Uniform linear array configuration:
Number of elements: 12
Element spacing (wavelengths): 1
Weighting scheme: binomial
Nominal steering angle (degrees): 15
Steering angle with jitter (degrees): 13.407
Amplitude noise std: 0.05
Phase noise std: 0.05

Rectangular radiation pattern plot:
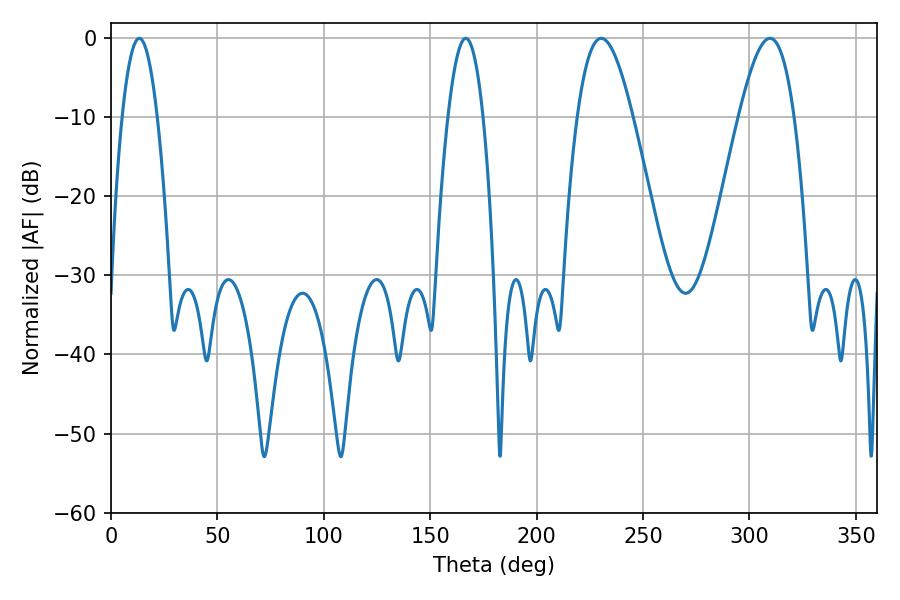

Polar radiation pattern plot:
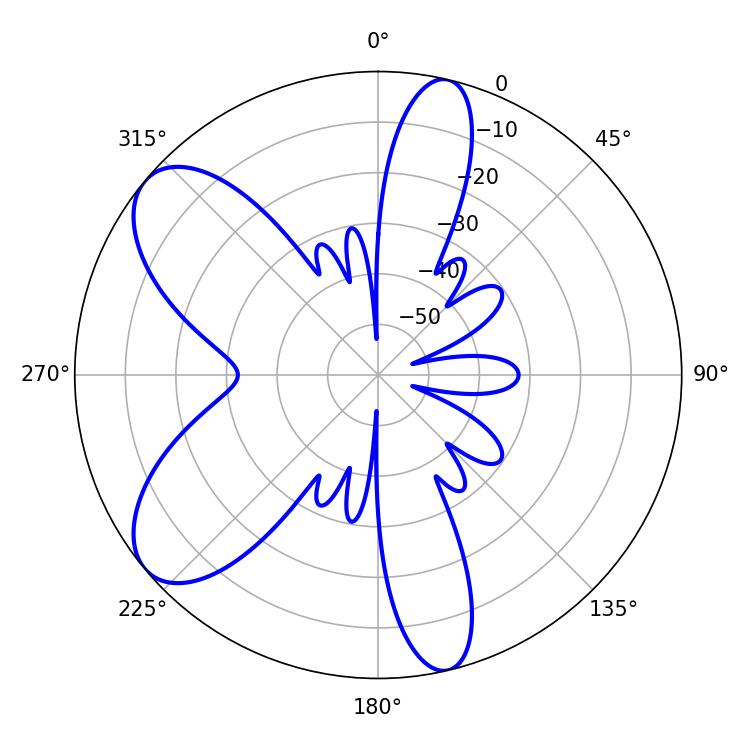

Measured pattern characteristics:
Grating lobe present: TRUE
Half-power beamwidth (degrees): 9
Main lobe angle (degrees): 13.32